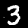
Label: 3